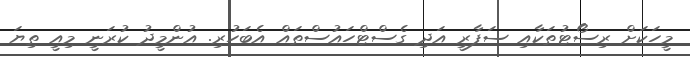
މީހަކަށް ރިސޯޓުތަކާއި ސަފާރީ އަދި ގެސްޓްހައުސްތައް އެބަހުރި. އުންމީދު ކުރަނީ މިއީ ތިޔަ